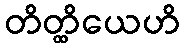
တိတ္ထိယေဟိ